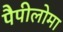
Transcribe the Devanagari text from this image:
पैपीलोमा